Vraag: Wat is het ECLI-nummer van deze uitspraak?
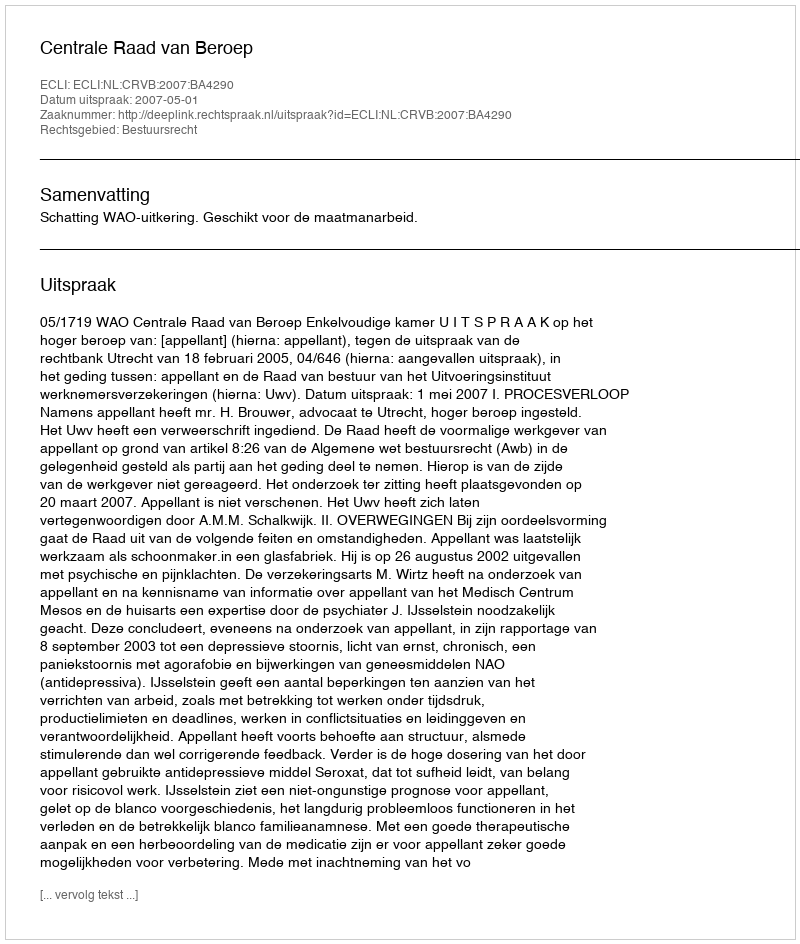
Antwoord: ECLI:NL:CRVB:2007:BA4290